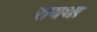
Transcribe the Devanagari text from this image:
रायथा